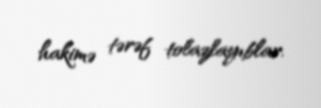
hakimə tərəf tolazlayıblar.